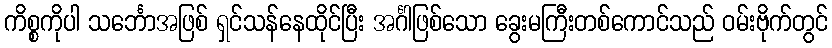
ကိစ္စကိုပါ သင်္ဘောအဖြစ် ရှင်သန်နေထိုင်ပြီး အင်္ဂါဖြစ်သော ခွေးမကြီးတစ်ကောင်သည် ဝမ်းဗိုက်တွင်